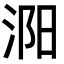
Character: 㳱